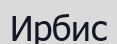
Ирбис